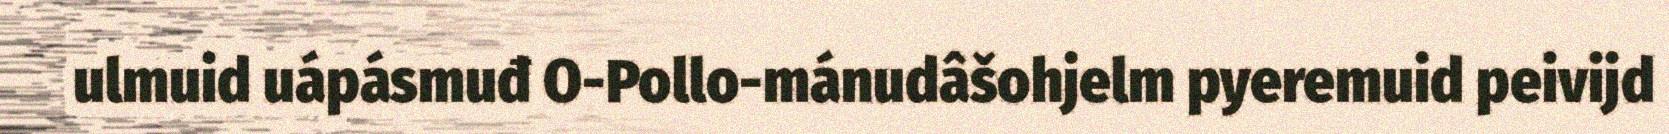
ulmuid uápásmuđ O-Pollo-mánudâšohjelm pyeremuid peivijd